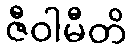
ဇီဝါမီတိ